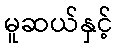
မူဆယ်နှင့်